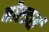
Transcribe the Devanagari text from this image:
बोल्डर्स